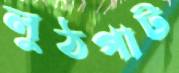
লুঠপাট